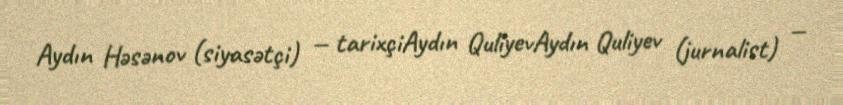
Aydın Həsənov (siyasətçi) — tarixçiAydın QuliyevAydın Quliyev (jurnalist) —